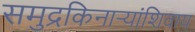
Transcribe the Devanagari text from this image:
समुद्रकिनार्‍यांशिवाय